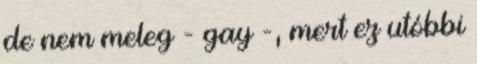
de nem meleg - gay -, mert ez utóbbi